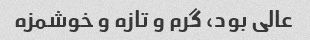
عالی بود، گرم و تازه و خوشمزه